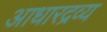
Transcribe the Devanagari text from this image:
आधारद्रव्य